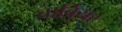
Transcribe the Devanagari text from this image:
बार्बियर